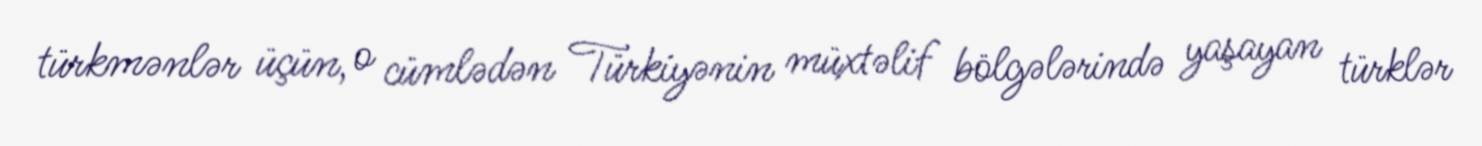
türkmənlər üçün, o cümlədən Türkiyənin müxtəlif bölgələrində yaşayan türklər